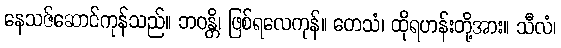
နေသဇ်ဆောင်ကုန်သည်။ ဘဝန္တိ၊ ဖြစ်ရလေကုန်။ တေသံ၊ ထိုရဟန်းတို့အား။ သီလံ၊